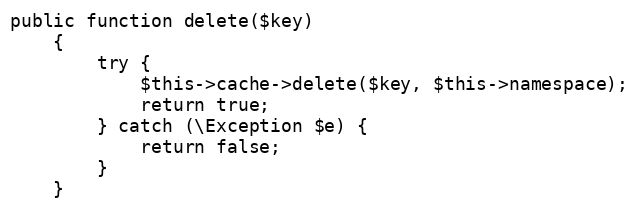
Language: PHP
public function delete($key)
    {
        try {
            $this->cache->delete($key, $this->namespace);
            return true;
        } catch (\Exception $e) {
            return false;
        }
    }